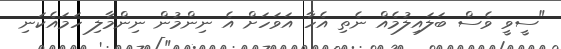
"ސީވީ ވެސް ބަލައިލުމެއް ނެތި އެހާ އަވަހަށް އެ ނިންމުން ނިންމާލި ހަމައެކަނި